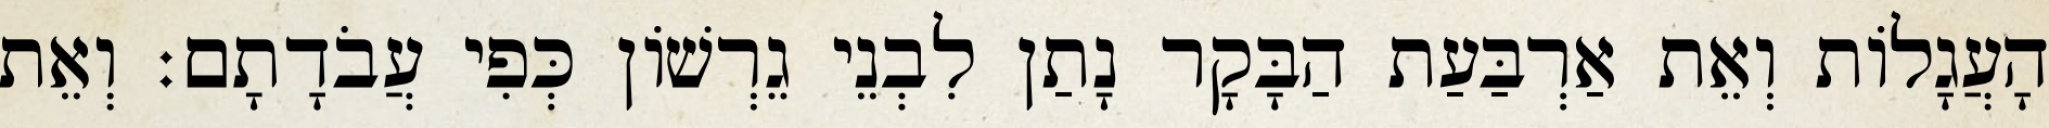
הָעֲגָלוֹת וְאֵת אַרְבַּעַת הַבָּקָר נָתַן לִבְנֵי גֵרְשׁוֹן כְּפִי עֲבֹדָתָם׃ וְאֵת